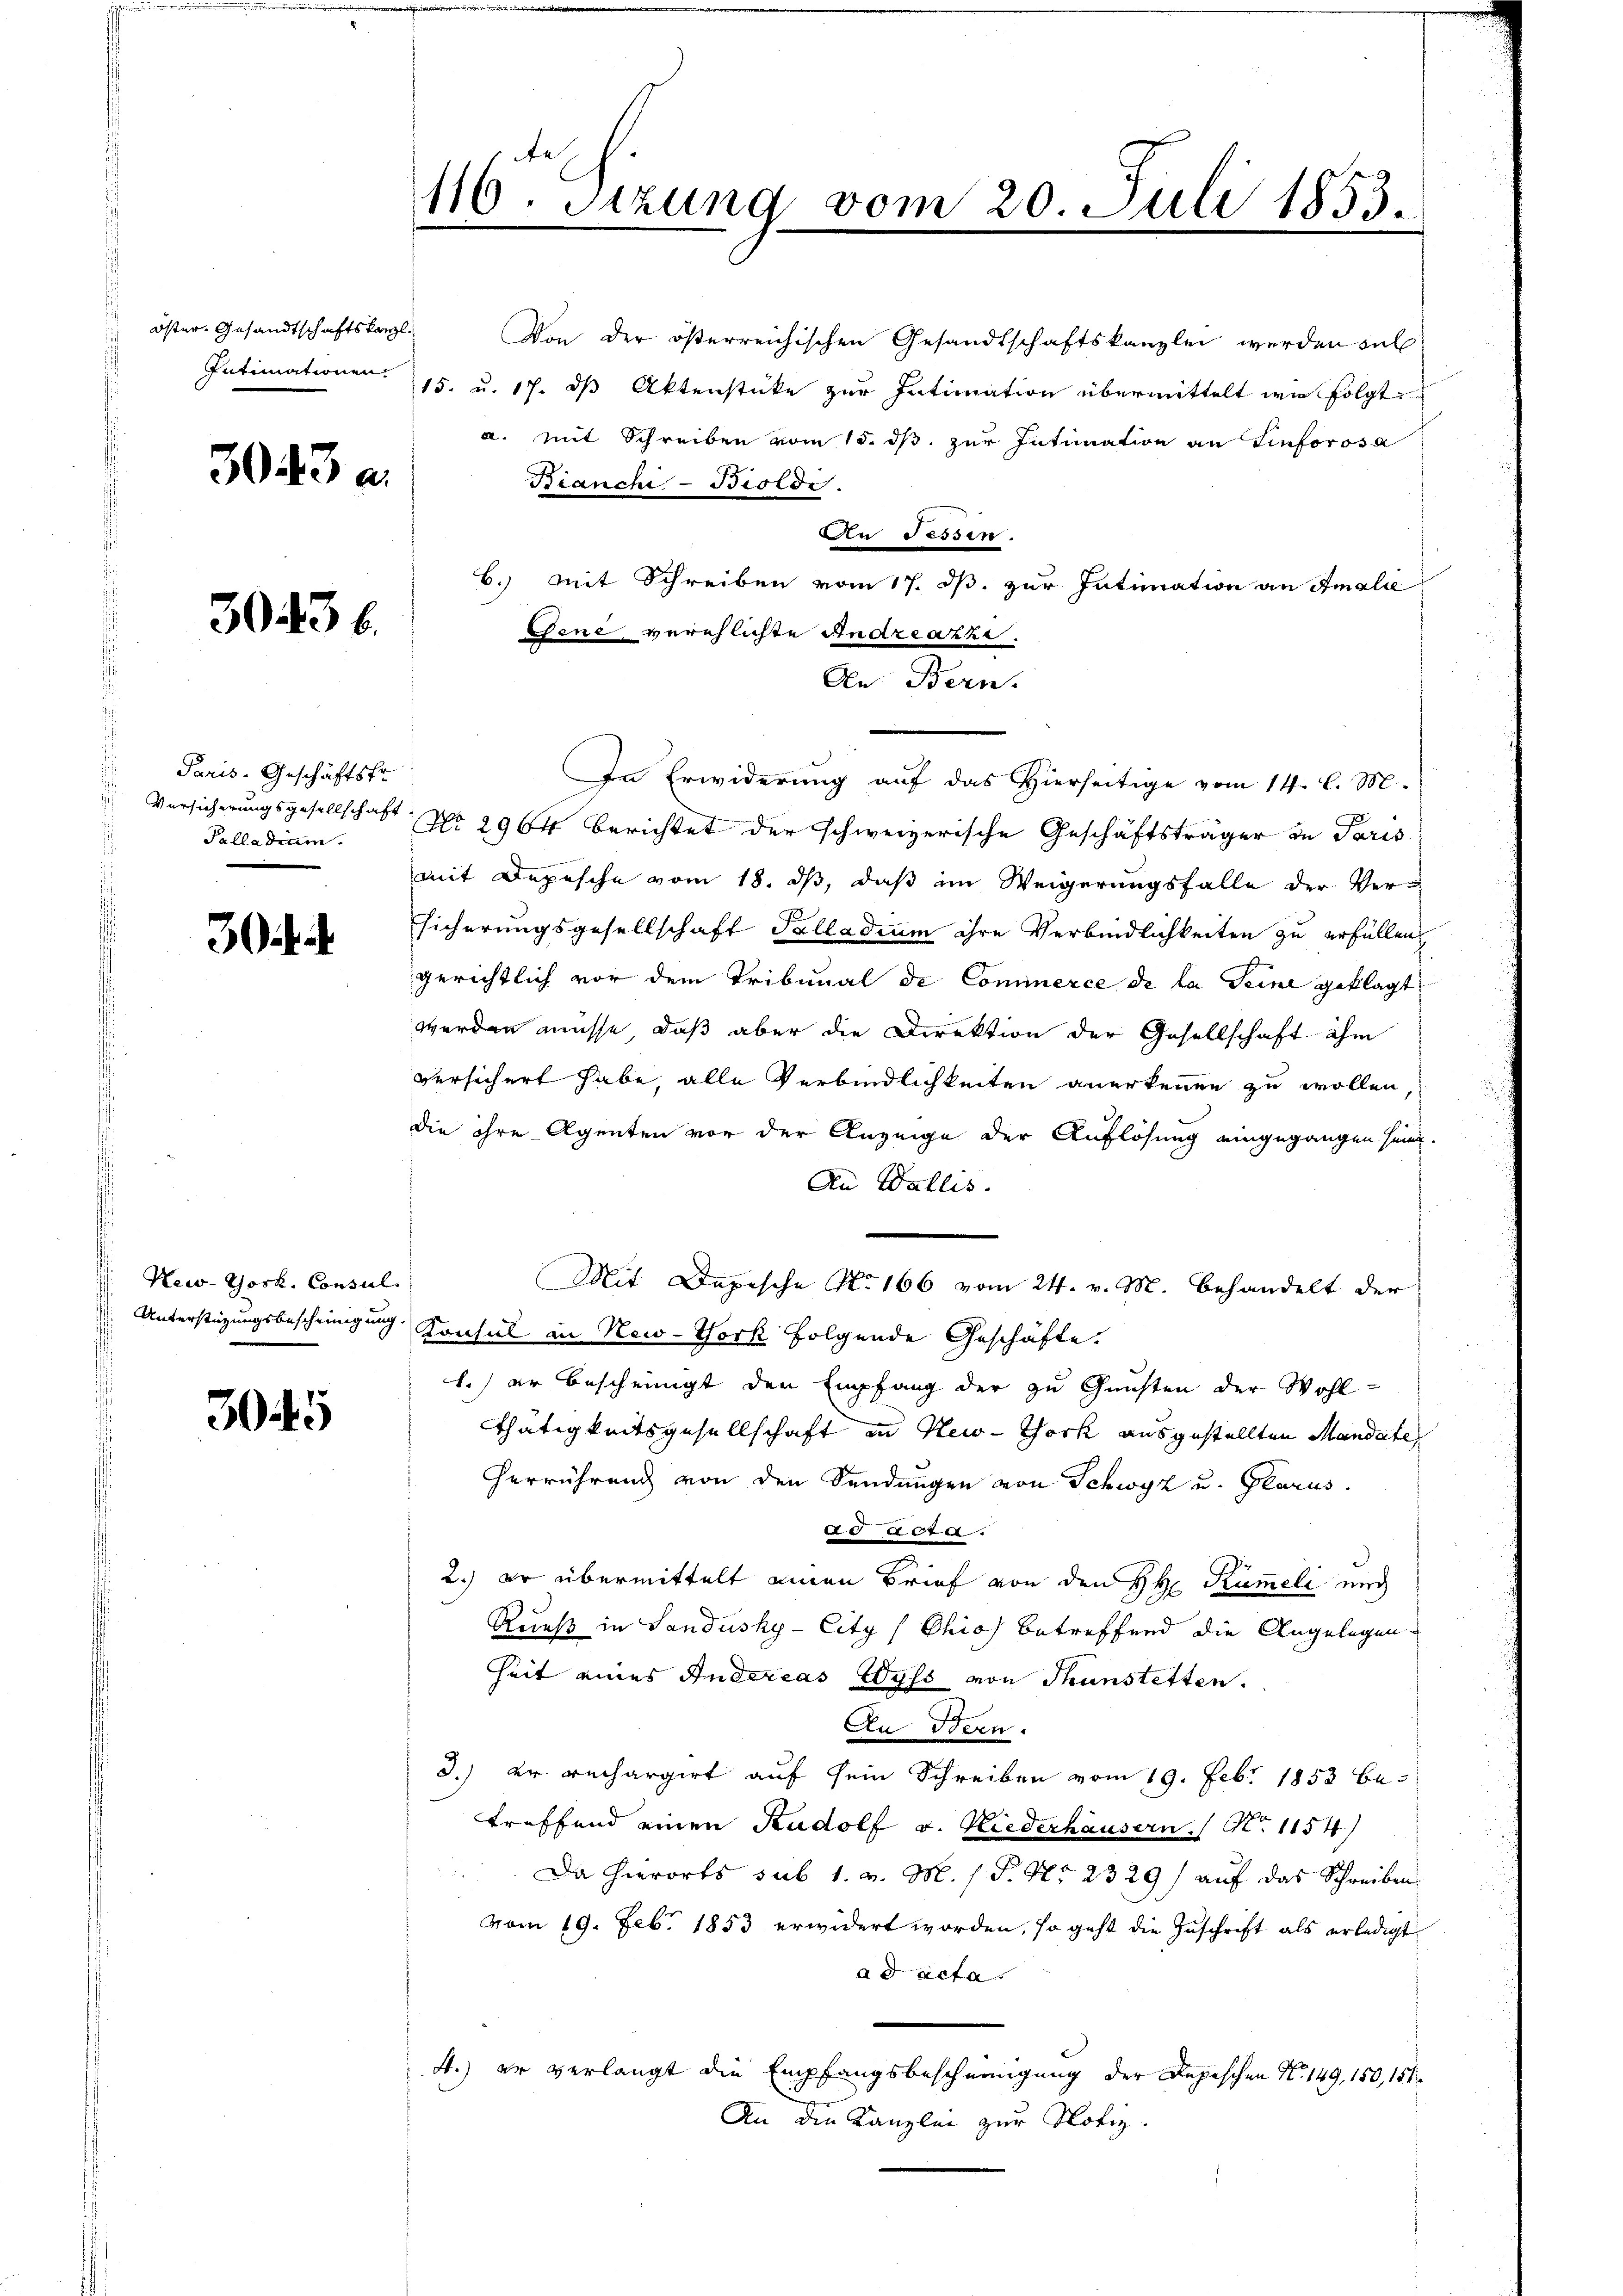
3043 a.

30436.

Paris. Geschäftsfr.
Palladium.

30.

New-York, Consul

3045

116. Sitzung vom 20. Juli 1853.
.

öster. Gesandtschaftskanzl. Von der österreichischen Gesandtschaftskanzlei werden sel
Intimationen. 15. u. 17. ds Aktenstücke zur Intimation übermittelt wie folgt
a. Mit Schreiben vom 15. ds. zur Intimation an Einforosa
Bianchi- Biolde.
An Tessin.
6.) Mit Schreiben vom 17. ds. zur Intimation an Amalie
eene verehlichte Anareazzi.
An Bern.
In Erwiderung auf das Hierseitige vom 14. l. M.
Versicherungsgesellschaft No 2964 berichtet der schweizerische Geschäftsträger in Paris
mit Depesche vom 18. ds, daß im Weigerungsfalle der Ver-
sicherungsgesellschaft Talladium ihre Verbindlichkeiten zu erfüllen,
gerichtlich vor dem Tribunal de Commerce de la Seine geklagt
werden müsse, daß aber die Direktion der Gesellschaft ihm
versichert habe, alle Verbindlichkeiten anerkennen zu wollen,
die ihre Agenten vor der Anzeige der Auflösung eingegangen sein.
An Wallis.
Mit Depesche No. 166 vom 24. v. M. behandelt der
 Unterstüzungsbescheinigung Konsul in New-York folgende Geschäfte.
1.) er bescheinigt den Empfang der zu Gunsten der Wohl¬
Thätigkeitsgesellschaft in New-York ausgestellten Mandate
herrührung von den Sendungen von Schwyz u. Glarus.
d aben.
2.) Er übermittelt einen Brief von den H. Rümeli nich
Rauß in Sandusky-City (Chios betreffend die Angelegen
heit eines Andereas Wyss von Thunstetten.
An Bern.
3.) Er rechargirt auf sein Schreiben vom 19. Febr. 1853 be
treffend einen Rudolf v. Niederhausern. S. 1154
Da hierorts sub 1. v. M. / P. Nr. 2329/ auf das Schreiben
vom 19. Febr. 1853 erwidert worden, so geht die Zuschrift als erledigt
ad acta
4.) er verlangt die Empfangsbescheinigung der Depeschen No. 149, 150, 151
An die Kanzlei zur Notiz.